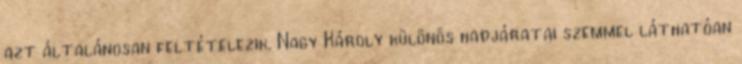
azt általánosan feltételezik. Nagy Károly különös hadjáratai szemmel láthatóan